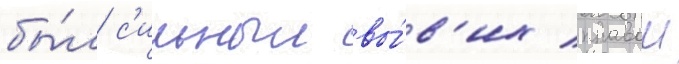
бы́л с'ильныи вы́в'их правои